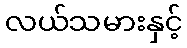
လယ်သမားနှင့်